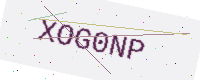
Text: XOG0NP